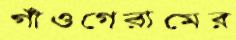
গাঁওগেরামের